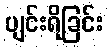
ပျင်းရိခြင်း